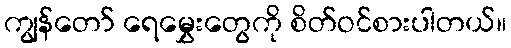
ကျွန်တော် ရေမွှေးတွေကို စိတ်ဝင်စားပါတယ်။